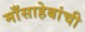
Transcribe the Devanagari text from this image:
माँसाहेबांची